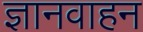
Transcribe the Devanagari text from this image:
ज्ञानवाहन